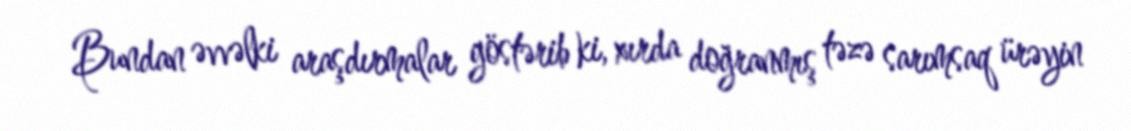
Bundan əvvəlki araşdırmalar göstərib ki, xırda doğranmış təzə sarımsaq ürəyin